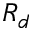
R _ { d }